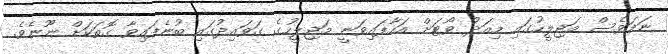
ނަމަވެސް މަޖިލީހުގައި މިއަދު ވޯޓަށް އަހާފައިވަނީ މަޖިލީހުގެ ގަވައިދުގައި ބުނެފައިވާ ގޮތަކަށް ނޫނެވެ.